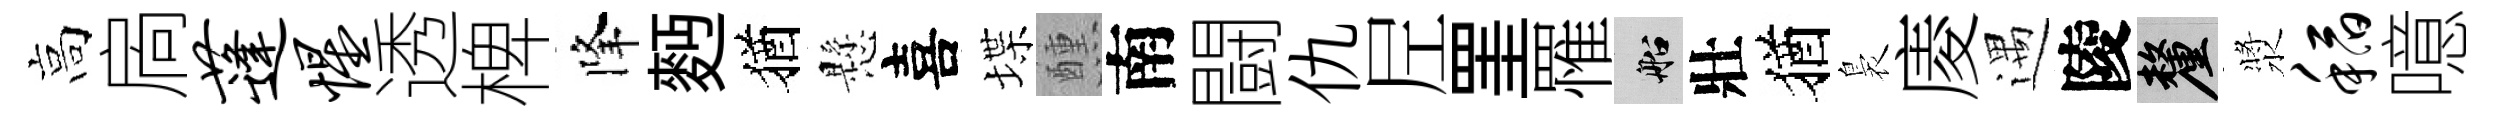
高扄蓬惺透椑降麪猶懸喜堞醺南闘仇𡰱罣罹船壯猶裊庱遇陵厘漿稻噫